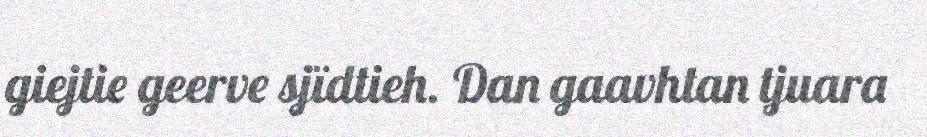
giejtie geerve sjïdtieh. Dan gaavhtan tjuara